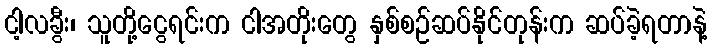
ငါ့လခွီး၊ သူတို့ငွေရင်းက ငါအတိုးတွေ နှစ်စဉ်ဆပ်နိုင်တုန်းက ဆပ်ခဲ့ရတာနဲ့